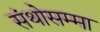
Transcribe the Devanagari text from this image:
संथोसम्मा